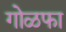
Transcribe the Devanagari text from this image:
गोळफा